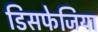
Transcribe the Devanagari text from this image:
डिसफेजिया